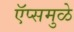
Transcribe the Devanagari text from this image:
ऍप्समुळे